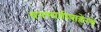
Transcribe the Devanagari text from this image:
वनस्पतीबाहेरचे